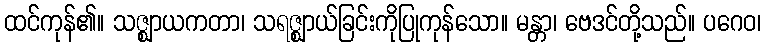
ထင်ကုန်၏။ သဇ္ဈာယကတာ၊ သရဇ္ဈာယ်ခြင်းကိုပြုကုန်သော။ မန္တာ၊ ဗေဒင်တို့သည်။ ပဂေဝ၊